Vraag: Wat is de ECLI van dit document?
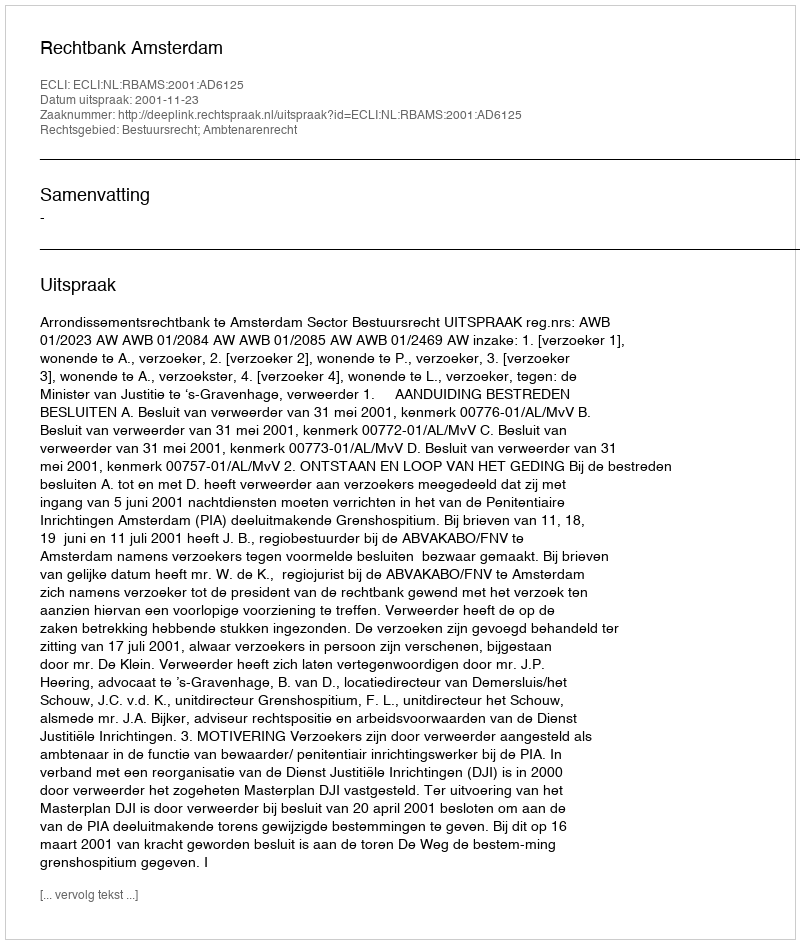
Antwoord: ECLI:NL:RBAMS:2001:AD6125